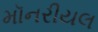
મૉનરીયલ